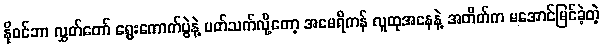
နိုဝင်ဘာ လွှတ်တော် ရွေးကောက်ပွဲနဲ့ ပတ်သက်လို့တော့ အမေရိကန် လူထုအနေနဲ့ အတိတ်က မအောင်မြင်ခဲ့တဲ့